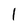
Character: 1